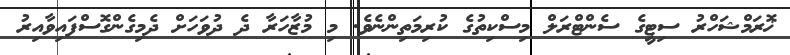
ޚޮރަމްޝަހްރު ސިޓީގެ ސެންޓްރަލް މިސްކިތުގެ ކުރިމަތިންނެވެ. މި މުޒާހަރާ ދެ ދުވަހަށް ދެމިގެންގޮސްފައިވާއިރު